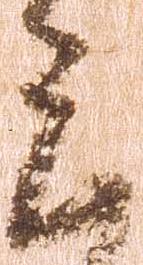
三